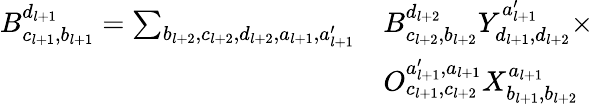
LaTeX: \begin{array}{rl}{B_{c_{l+1},b_{l+1}}^{d_{l+1}}=\sum_{b_{l+2},c_{l+2},d_{l+2},a_{l+1},a_{l+1}^{\prime}}}&{B_{c_{l+2},b_{l+2}}^{d_{l+2}}Y_{d_{l+1},d_{l+2}}^{a_{l+1}^{\prime}}\times}\\ &{O_{c_{l+1},c_{l+2}}^{a_{l+1}^{\prime},a_{l+1}}X_{b_{l+1},b_{l+2}}^{a_{l+1}}}\end{array}